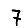
Digit: 7